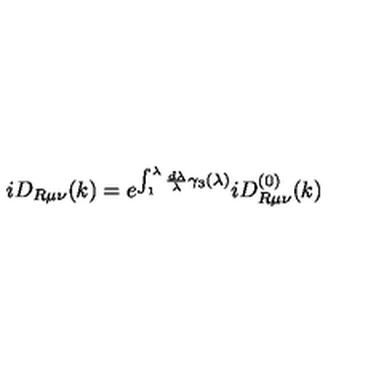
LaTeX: i D _ { R \mu \nu } ( k ) = e ^ { \int _ { 1 } ^ { \lambda } \frac { d \lambda } \lambda \gamma _ { 3 } ( \lambda ) } i D _ { R \mu \nu } ^ { ( 0 ) } ( k )